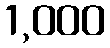
1,000